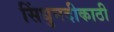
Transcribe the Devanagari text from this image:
सिंधुनदीकाठी